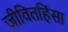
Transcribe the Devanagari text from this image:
जीवितहिंसा